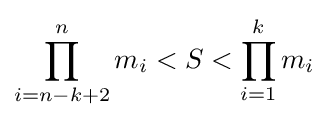
\prod _{i=n-k+2}^{n}m_{i}<S<\prod _{i=1}^{k}m_{i}